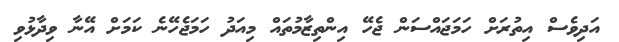
އަދިވެސް އިތުރަށް ހަމަޖައްސަން ޖެހޭ އިންތިޒާމުތައް މިއަދު ހަމަޖެހޭނެ ކަމަށް އޭނާ ވިދާޅުވި